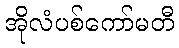
အိုလံပစ်ကော်မတီ